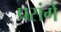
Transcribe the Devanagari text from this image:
प्रसंगे